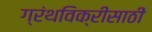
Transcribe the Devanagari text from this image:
ग्रंथविक्रीसाठी